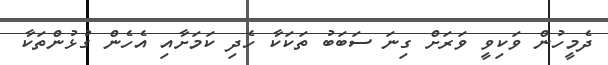
ދެމީހުން ވަކިވީ ވަރަށް ގިނަ ސަބަބު ތަކަކާ ހެދި ކަމަށާއި އެހެން ގުޅުންތަކާ